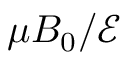
\mu B _ { 0 } / \mathcal { E }